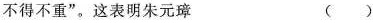
不得不重”。这表明朱元璋 ()